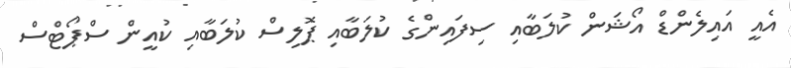
އެއީ އައިލެންޑް އޯޝަން ކުލަބާއި ސިފައިންގެ ކުލަބާއި ޕޮލިސް ކުލަބާއި ކުއީން ސްޕޯޓްސް